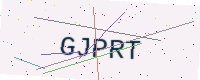
Text: GJPRT